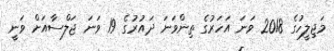
މަޖިލީހުގެ 2018 ވަނަ އަހަރުގެ ތިންވަނަ ދައުރުގެ 19 ވަނަ ޖަލްސާއަށް ވަނީ